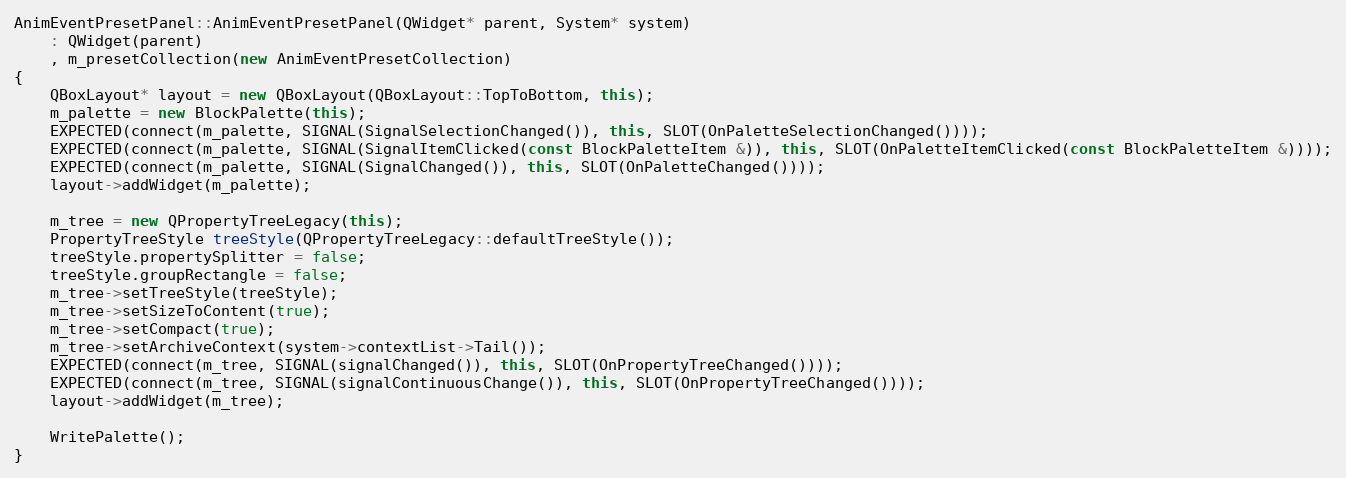
Language: C++
AnimEventPresetPanel::AnimEventPresetPanel(QWidget* parent, System* system)
	: QWidget(parent)
	, m_presetCollection(new AnimEventPresetCollection)
{
	QBoxLayout* layout = new QBoxLayout(QBoxLayout::TopToBottom, this);
	m_palette = new BlockPalette(this);
	EXPECTED(connect(m_palette, SIGNAL(SignalSelectionChanged()), this, SLOT(OnPaletteSelectionChanged())));
	EXPECTED(connect(m_palette, SIGNAL(SignalItemClicked(const BlockPaletteItem &)), this, SLOT(OnPaletteItemClicked(const BlockPaletteItem &))));
	EXPECTED(connect(m_palette, SIGNAL(SignalChanged()), this, SLOT(OnPaletteChanged())));
	layout->addWidget(m_palette);

	m_tree = new QPropertyTreeLegacy(this);
	PropertyTreeStyle treeStyle(QPropertyTreeLegacy::defaultTreeStyle());
	treeStyle.propertySplitter = false;
	treeStyle.groupRectangle = false;
	m_tree->setTreeStyle(treeStyle);
	m_tree->setSizeToContent(true);
	m_tree->setCompact(true);
	m_tree->setArchiveContext(system->contextList->Tail());
	EXPECTED(connect(m_tree, SIGNAL(signalChanged()), this, SLOT(OnPropertyTreeChanged())));
	EXPECTED(connect(m_tree, SIGNAL(signalContinuousChange()), this, SLOT(OnPropertyTreeChanged())));
	layout->addWidget(m_tree);

	WritePalette();
}